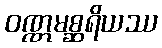
ဝဏ္ဏမစ္ဆရိယဿ